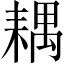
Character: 耦